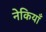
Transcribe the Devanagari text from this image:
नेकियाँ